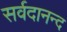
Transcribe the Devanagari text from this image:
सर्वदानन्द